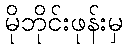
မိုဘိုင်းဖုန်းမှ